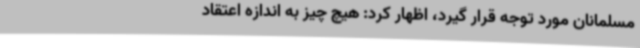
مسلمانان مورد توجه قرار گیرد، اظهار کرد: هیچ چیز به اندازه اعتقاد